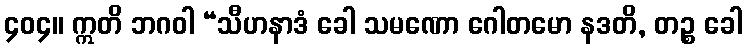
၄၀၄။ ဣတိ ဘဂဝါ “သီဟနာဒံ ခေါ သမဏော ဂေါတမော နဒတိ, တဉ္စ ခေါ